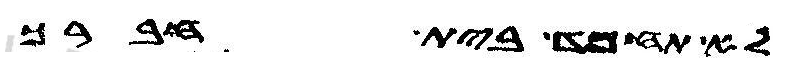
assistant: לא תחמד בית חברך